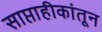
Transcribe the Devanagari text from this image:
साप्ताहीकांतून